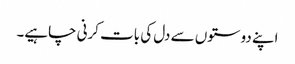
اپنے دوستوں سے دل کی بات کرنی چاہیے۔